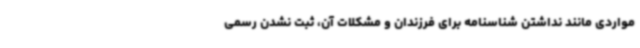
مواردی مانند نداشتن شناسنامه برای فرزندان و مشکلات آن، ثبت نشدن رسمی